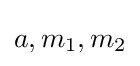
a,m_{1},m_{2}